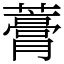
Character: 𧀎